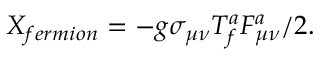
X _ { f e r m i o n } = - g \sigma _ { \mu \nu } T _ { f } ^ { a } F _ { \mu \nu } ^ { a } / 2 .